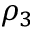
\rho _ { 3 }